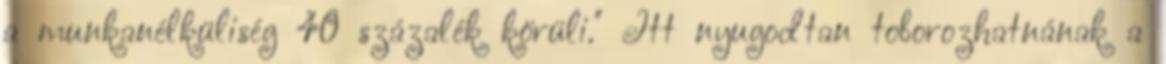
a munkanélküliség 40 százalék körüli." Itt nyugodtan toborozhatnának a